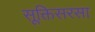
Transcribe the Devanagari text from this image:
सूक्तिसरसा